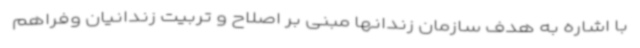
با اشاره به هدف سازمان زندانها مبنی بر اصلاح و تربیت زندانیان وفراهم